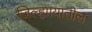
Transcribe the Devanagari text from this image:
जिल्ह्यायातील